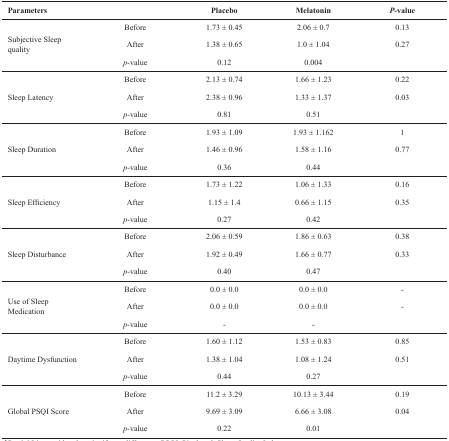
| Parameters |  | Placebo | Melatonin | P-value |
 | --- | --- | --- | --- | --- |
 | <ROWSPAN=3> Subjective Sleep quality | Before | 1.73 ± 0.45 | 2.06 ± 0.7 | 0.13 |
 | After | 1.38 ± 0.65 | 1.0 ± 1.04 | 0.27 |
 | p-value | 0.12 | 0.004 |  |
 | <ROWSPAN=3> Sleep Latency | Before | 2.13 ± 0.74 | 1.66 ± 1.23 | 0.22 |
 | After | 2.38 ± 0.96 | 1.33 ± 1.37 | 0.03 |
 | p-value | 0.81 | 0.51 |  |
 | <ROWSPAN=3> Sleep Duration | Before | 1.93 ± 1.09 | 1.93 ± 1.162 | 1 |
 | After | 1.46 ± 0.96 | 1.58 ± 1.16 | 0.77 |
 | p-value | 0.36 | 0.44 |  |
 | <ROWSPAN=3> Sleep Efficiency | Before | 1.73 ± 1.22 | 1.06 ± 1.33 | 0.16 |
 | After | 1.15 ± 1.4 | 0.66 ± 1.15 | 0.35 |
 | p-value | 0.27 | 0.42 |  |
 | <ROWSPAN=3> Sleep Disturbance | Before | 2.06 ± 0.59 | 1.86 ± 0.63 | 0.38 |
 | After | 1.92 ± 0.49 | 1.66 ± 0.77 | 0.33 |
 | p-value | 0.40 | 0.47 |  |
 | <ROWSPAN=3> Use of Sleep Medication | Before | 0.0 ± 0.0 | 0.0 ± 0.0 | - |
 | After | 0.0 ± 0.0 | 0.0 ± 0.0 | - |
 | p-value | - | - |  |
 | <ROWSPAN=3> Daytime Dysfunction | Before | 1.60 ± 1.12 | 1.53 ± 0.83 | 0.85 |
 | After | 1.38 ± 1.04 | 1.08 ± 1.24 | 0.51 |
 | p-value | 0.44 | 0.27 |  |
 | <ROWSPAN=3> Global PSQI Score | Before | 11.2 ± 3.29 | 10.13 ± 3.44 | 0.19 |
 | After | 9.69 ± 3.09 | 6.66 ± 3.08 | 0.04 |
 | p-value | 0.22 | 0.01 |  |